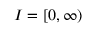
I = [ 0 , \infty )